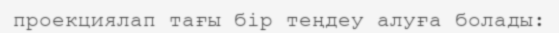
проекциялап тағы бір теңдеу алуға болады: